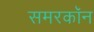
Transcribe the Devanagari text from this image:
समरकॉन